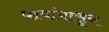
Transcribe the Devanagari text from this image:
पापांपासून